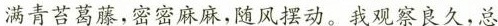
满青苔葛藤，密密麻麻，随风摆动。我观察良久，总